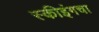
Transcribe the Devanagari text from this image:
स्कीइंगचा